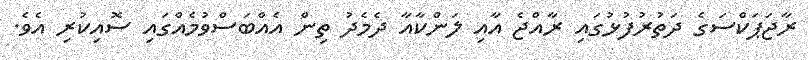
ރާޖަޕަކްސަގެ ދަތުރުފުޅުގައި ރާއްޖެ އާއި ލަންކާއާ ދެމެދު ތިން އެއްބަސްވުމެއްގައި ސޮއިކުރި އެވެ.